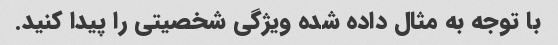
با توجه به مثال داده شده ویژگی شخصیتی را پیدا کنید.